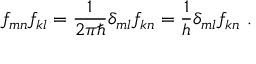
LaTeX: f _ { m n } \* f _ { k l } = \frac { 1 } { 2 \pi \hbar } \delta _ { m l } f _ { k n } = \frac { 1 } { h } \delta _ { m l } f _ { k n } ~ .